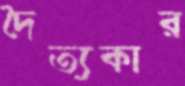
দৈত্যকার